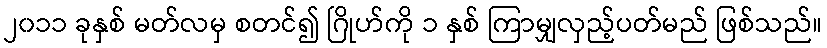
၂၀၁၁ ခုနှစ် မတ်လမှ စတင်၍ ဂြိုဟ်ကို ၁ နှစ် ကြာမျှလှည့်ပတ်မည် ဖြစ်သည်။